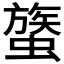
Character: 𧐈